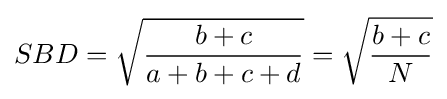
SBD={\sqrt {\frac {b+c}{a+b+c+d}}}={\sqrt {\frac {b+c}{N}}}